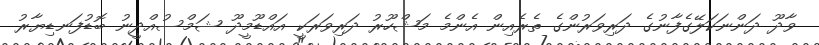
ވާދޫ ދަންނަކަލޭގެފާނުގެ ދަރިވަރުންގެ ތެރެއިން އެންމެ މަޝްހޫރު ދަރިވަރަކީ އައްޑޫމީދޫ ޝަމްސުއްދީނު ބޮޑުފަނޑިޔާރު